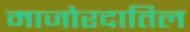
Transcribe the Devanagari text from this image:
माजोरदातिल